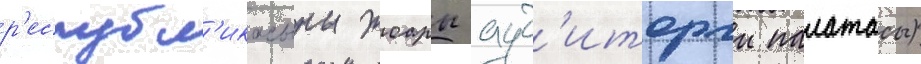
р'еспубл'икасыны жоары ауд'иторлы палатасы)